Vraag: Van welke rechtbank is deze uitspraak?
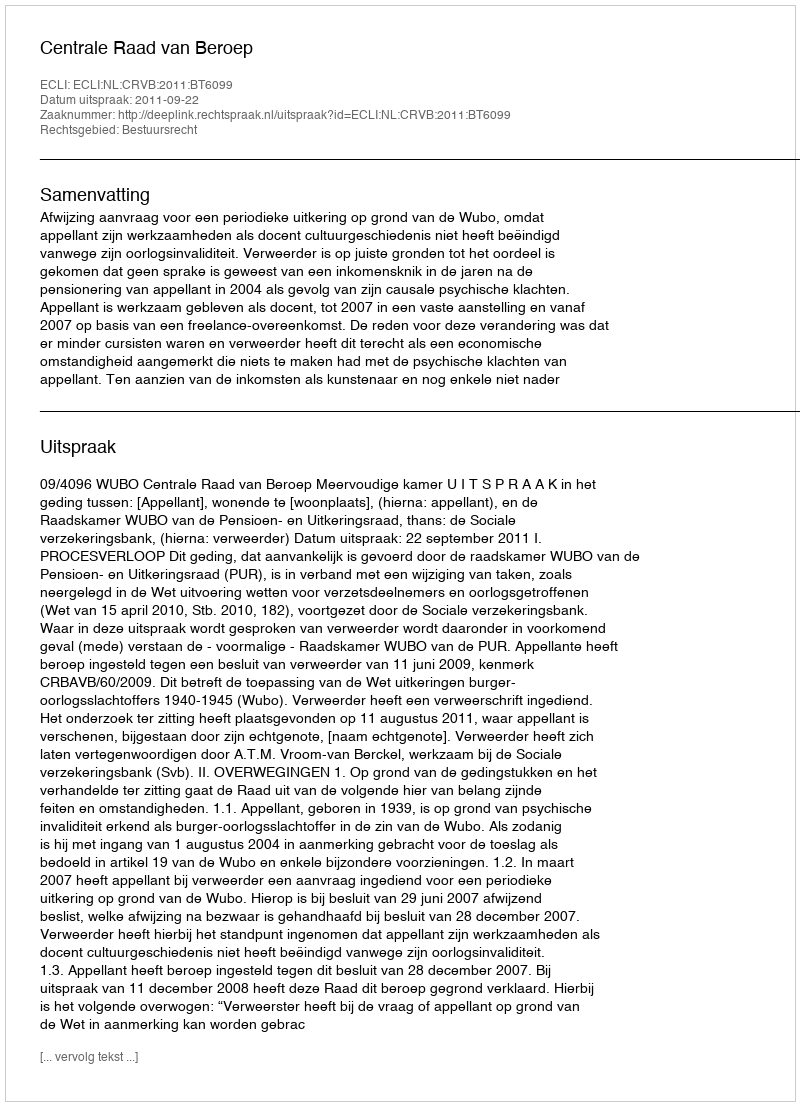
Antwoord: Centrale Raad van Beroep